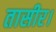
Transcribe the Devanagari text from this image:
तासीर।